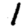
Digit: 1